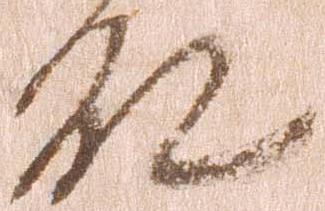
殿